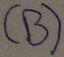
Text: (B)